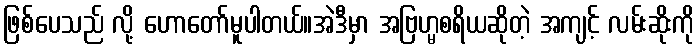
ဖြစ်ပေသည် လို့ ဟောတော်မူပါတယ်။အဲဒီမှာ အဗြဟ္မစရိယဆိုတဲ့ အကျင့် လမ်းဆိုးကို